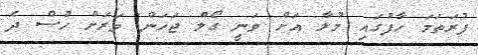
ފުރަތަމަ ހާފުގައި މުލާ އަށް ވަނީ ގޯލް ޖަހަން ވަރަށް ހުސް ދެ